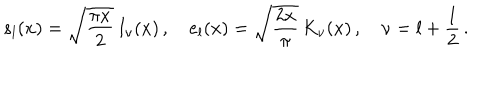
s _ { l } ( x ) = \sqrt { \frac { \pi x } { 2 } } \, I _ { \nu } ( x ) \, , \quad e _ { l } ( x ) = \sqrt { \frac { 2 x } { \pi } } \, K _ { \nu } ( x ) \, , \quad \nu = l + \frac { 1 } { 2 } \, .